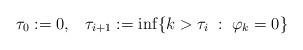
LaTeX: \begin{align*}\tau_0 :=0, \;\;\; \tau_{i+1} := \inf\{ k>\tau_i \; :\; \varphi_k= 0\}\end{align*}